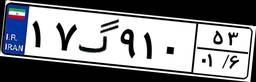
۵۷گ۷۷۶۱۴